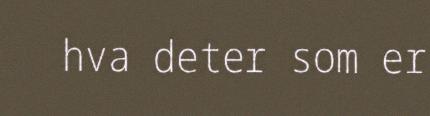
hva deter som er